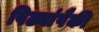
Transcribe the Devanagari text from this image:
पिढ्यांपैकी